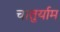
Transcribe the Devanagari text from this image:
चातुर्याम